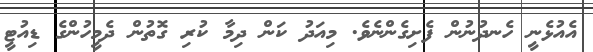
އެއުޅެނީ ހެނދުނުން ފެށިގެންނެވެ. މިއަދު ކަން ދިމާ ކުރި ގޮތުން ދެމީހުންގެ ޑިއުޓީ